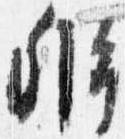
弁